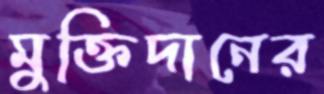
মুক্তিদানের